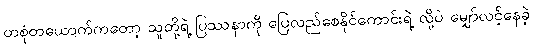
တစုံတယောက်ကတော့ သူတို့ရဲ့ ပြဿနာကို ပြေလည်စေနိုင်ကောင်းရဲ့ လို့ပဲ မျှော်လင့်နေခဲ့